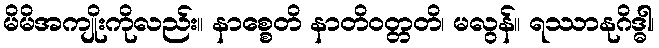
မိမိအကျိုးကိုလည်း။ နာစ္စေတိ နာတိဝတ္တတိ၊ မလွန်။ ရဿာနုဂိဒ္ဓါ၊